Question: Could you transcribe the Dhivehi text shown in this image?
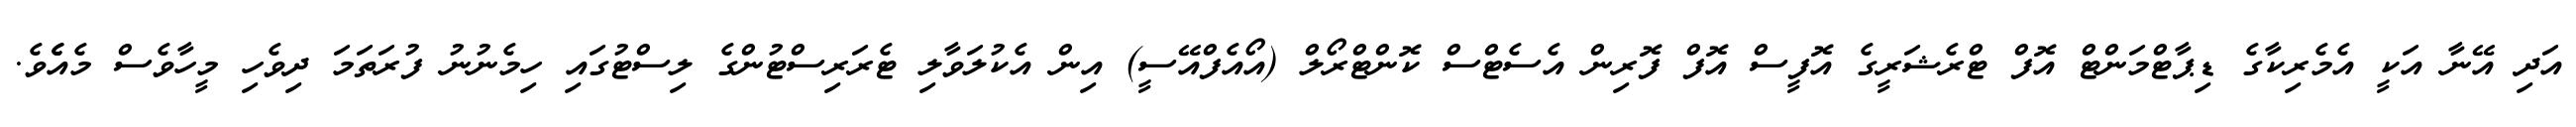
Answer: އަދި އޭނާ އަކީ އެމެރިކާގެ ޑިޕާޓްމަންޓް އޮފް ޓްރެޝަރީގެ އޮފީސް އޮފް ފޮރިން އެސެޓްސް ކޮންޓްރޯލް (އޯއެފްއޭސީ) އިން އެކުލަވާލި ޓެރަރިސްޓުންގެ ލިސްޓުގައި ހިމެނުނު ފުރަތަމަ ދިވެހި މީހާވެސް މެއެެވެ.